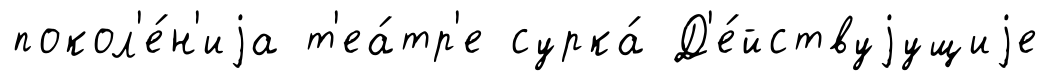
покол'е́н'иjа т'еа́тр'е сурка́ Д'е́йствуjущиjе